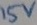
Text: 15V